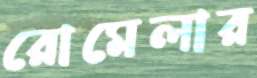
রোমেলার